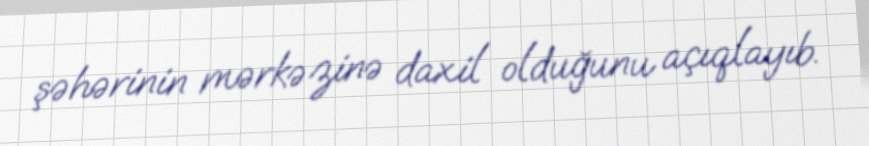
şəhərinin mərkəzinə daxil olduğunu açıqlayıb.